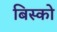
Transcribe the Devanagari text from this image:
बिस्को